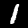
Label: 1